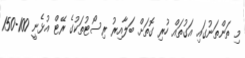
މި ތަންތަނުގައި އަގުތައް ހުރި ގޮތަށް ބަލާއިރު ރިސޯޓުތަކުގެ ރޭޓް އުޅެނީ 100-150